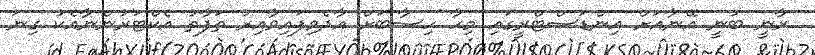
ރާނީ ބުނީ އޭނާއަށް އިންޑަސްޓްރީގައި މިހާ ހިސާބަށް އާދެވިފައިވާއިރު ތަފާތު އެކްޓަރުންނާއެކު ގިނަ